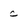
Character: C